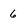
Character: 6